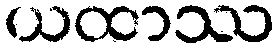
ယထာဿ